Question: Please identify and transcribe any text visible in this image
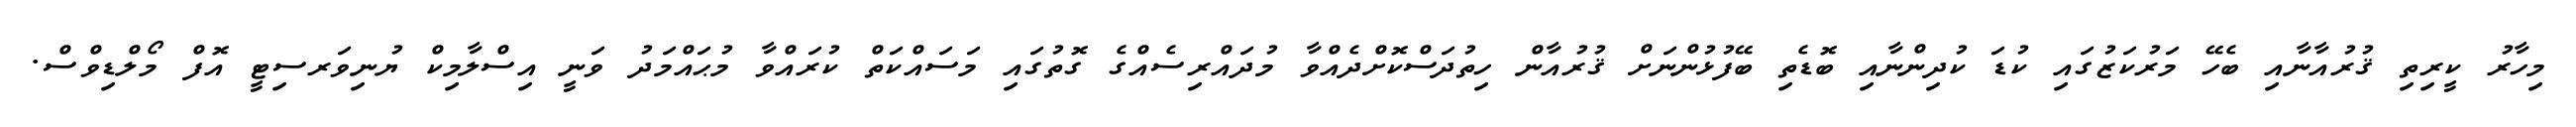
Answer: މިހާރު ކީރިތި ޤުރުއާނާއި ބެހޭ މަރުކަޒުގައި ކުޑަ ކުދިންނާއި ބޮޑެތި ބޭފުޅުންނަށް ޤުރުއާން ހިތުދަސްކޮށްދެއްވާ މުދައްރިސެއްގެ ގޮތުގައި މަސައްކަތް ކުރައްވާ މުޙައްމަދު ވަނީ އިސްލާމިކް ޔުނިވަރސިޓީ އޮފް މޯލްޑިވްސް.